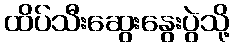
ထိပ်သီးဆွေးနွေးပွဲသို့